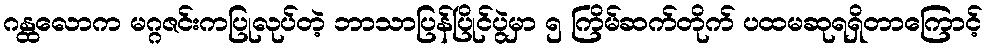
ဂန္ထလောက မဂ္ဂဇင်းကပြုလုပ်တဲ့ ဘာသာပြန်ပြိုင်ပွဲမှာ ၅ ကြိမ်ဆက်တိုက် ပထမဆုရရှိတာကြောင့်